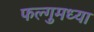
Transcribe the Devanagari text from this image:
फल्गुमध्या